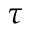
\tau